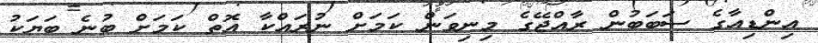
އިންޑިއާގެ ސަބަބުން ރާއްޖޭގެ މިނިވަން ކަމަށް ނުރައްކާ އޮތް ކަމަށް ބުނެ ބަޔަކު